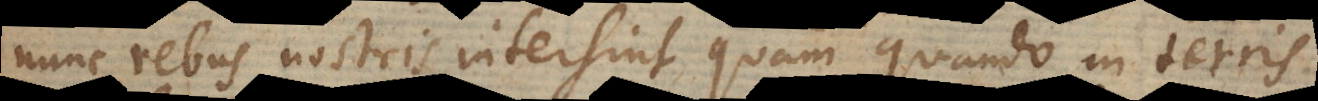
nunc rebus nostris intersint quam quando in terris